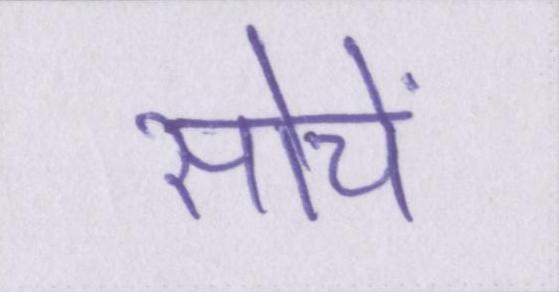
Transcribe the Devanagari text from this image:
सोचें